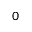
0